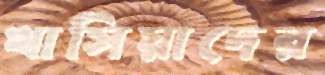
খাসিয়াদের